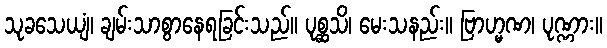
သုခသေယျံ၊ ချမ်းသာစွာနေရခြင်းသည်။ ပုစ္ဆသိ၊ မေးသနည်း။ ဗြာဟ္မဏ၊ ပုဏ္ဏား။